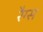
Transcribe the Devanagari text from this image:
रैग्स